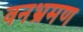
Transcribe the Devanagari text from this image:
वनभ्रमण